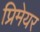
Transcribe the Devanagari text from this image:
प्रिमेयर